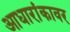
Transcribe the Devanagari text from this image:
आधारांकावर